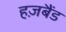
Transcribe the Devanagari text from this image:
हज़बैंड